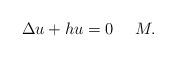
LaTeX: \begin{align*}\Delta u+hu=0~~~~M.\end{align*}